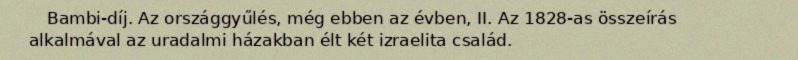
Bambi-díj. Az országgyűlés, még ebben az évben, II. Az 1828-as összeírás alkalmával az uradalmi házakban élt két izraelita család.